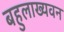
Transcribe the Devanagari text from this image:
बहुलाख्यवन